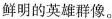
鲜明的英雄群像。